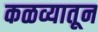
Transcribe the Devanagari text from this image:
कळव्यातून